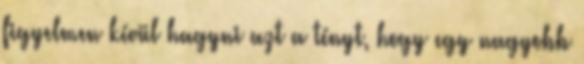
figyelmen kívül hagyni azt a tényt, hogy egy nagyobb